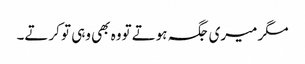
مگر میری جگہ ہوتے تووہ بھی وہی تو کرتے۔